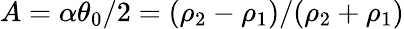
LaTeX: A=\alpha\theta_{0}/2=(\rho_{2}-\rho_{1})/(\rho_{2}+\rho_{1})